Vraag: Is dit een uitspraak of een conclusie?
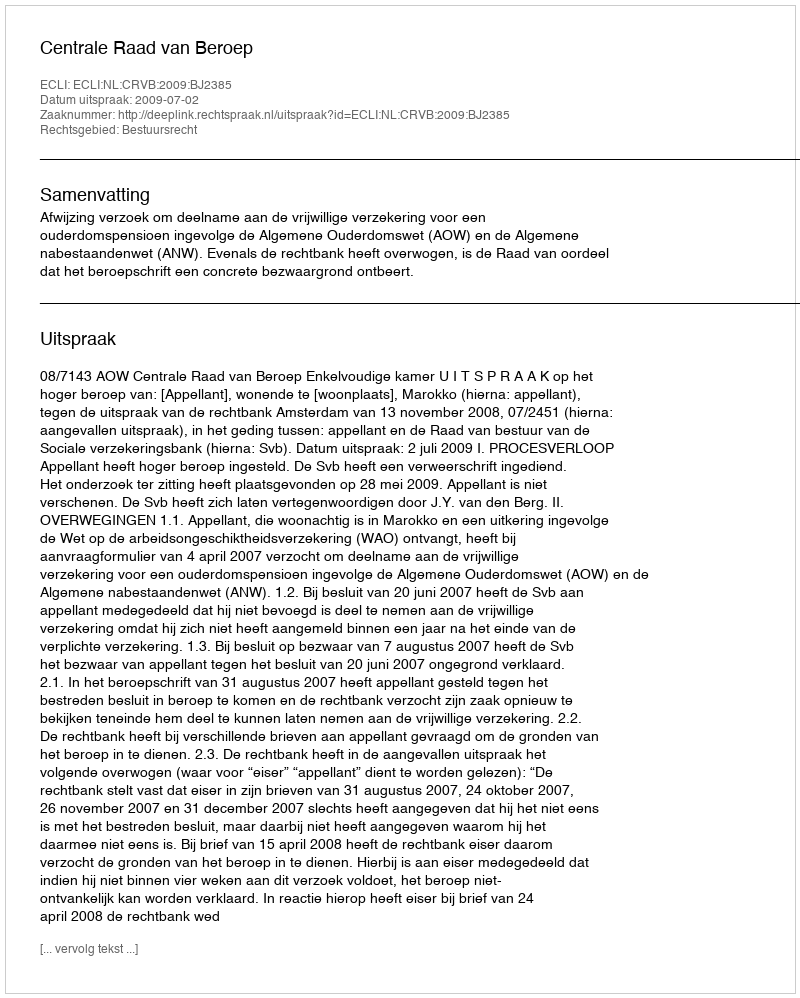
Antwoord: Uitspraak